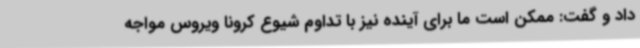
داد و گفت: ممکن است ما برای آینده نیز با تداوم شیوع کرونا ویروس مواجه